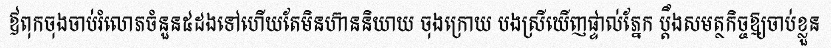
ឪពុកចុងចាប់រំលោភចំនួន៥ដងទៅហើយតែមិនហ៊ាននិយាយ ចុងក្រោយ បងស្រីឃើញផ្ទាល់ភ្នែក ប្តឹងសមត្ថកិច្ចឱ្យចាប់ខ្លួន